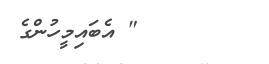
" އެބައިމީހުންގެ